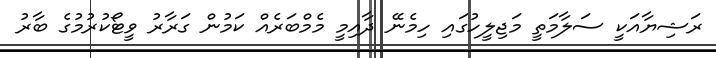
ރަޝިޔާއަކީ ސަލާމަތީ މަޖިލީހުގައި ހިމެނޭ ދާއިމީ މެމްބަރެއް ކަމުން ގަރާރު ވީޓޯކުރުމުގެ ބާރު